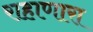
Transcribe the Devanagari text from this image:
राहाणारा